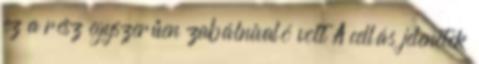
ez a rész egyszerűen zabálnivaló volt A cellás jelenetek